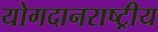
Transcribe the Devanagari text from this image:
योगदानराष्ट्रीय